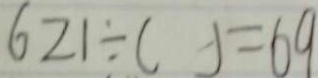
6 2 1 \div ( ) = 6 9